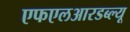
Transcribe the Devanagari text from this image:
एफएलआरडब्ल्यू